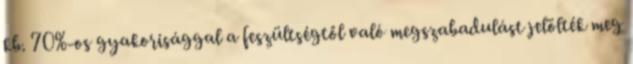
kb. 70%-os gyakorisággal a feszültségtől való megszabadulást jelölték meg